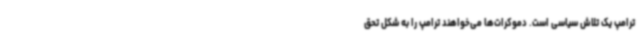
ترامپ یک تلاش سیاسی است. دموکرات‌ها می‌خواهند ترامپ را به شکل تحق